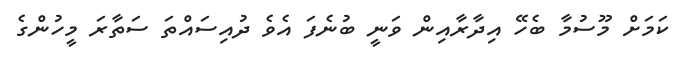
ކަމަށް މޫސުމާ ބެހޭ އިދާރާއިން ވަނީ ބުނެފަ އެވެ ދުއިސައްތަ ސަތާރަ މީހުންގެ